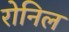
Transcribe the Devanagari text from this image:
रोनिल